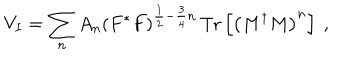
V _ { I } = \sum _ { n } A _ { n } \left( F ^ { * } F \right) ^ { \frac { 1 } { 2 } - \frac { 3 } { 4 } n } \, \mathrm { T r } \left[ \left( M ^ { \dagger } M \right) ^ { n } \right] \ ,